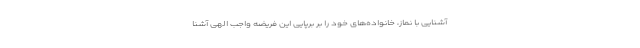
آشنایی با نماز، خانواده‌های خود را بر برپایی این فریضه واجب الهی آشنا